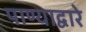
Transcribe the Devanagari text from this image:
पाण्याद्वारे